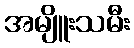
အမျိူးသမီး